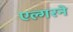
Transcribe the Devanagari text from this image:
एल्गरने